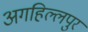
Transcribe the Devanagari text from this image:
अगहिल्लपुर